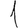
Digit: 1